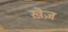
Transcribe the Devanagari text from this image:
ख़ेज़